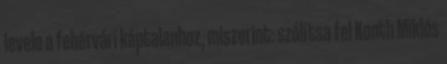
levele a fehérvári káptalanhoz, miszerint: szólítsa fel Konth Miklós